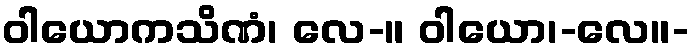
ဝါယောကသိဏံ၊ လေ-။ ဝါယော၊-လေ။-